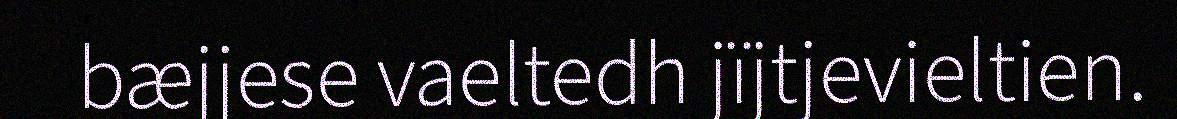
bæjjese vaeltedh jïjtjevieltien.